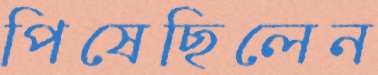
পিষেছিলেন